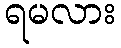
ရမလား